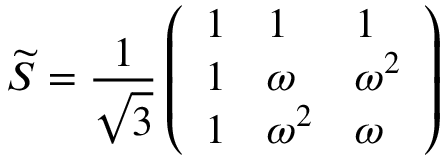
\widetilde { S } = { \frac { 1 } { \sqrt { 3 } } } \left( \begin{array} { l l l } { { 1 } } & { { 1 } } & { { 1 } } \\ { { 1 } } & { { \omega } } & { { \omega ^ { 2 } } } \\ { { 1 } } & { { \omega ^ { 2 } } } & { { \omega } } \end{array} \right)